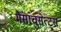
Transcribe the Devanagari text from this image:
मैसाचुसेत्ट्स